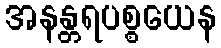
အနန္တရပစ္စယေန